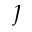
\jmath